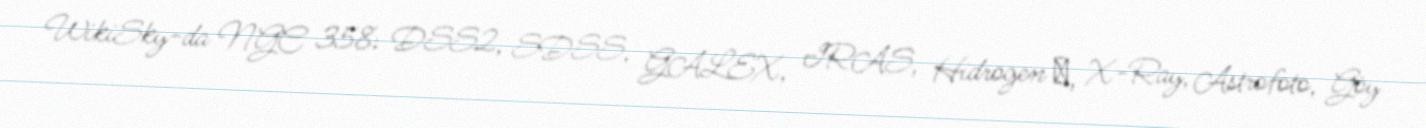
WikiSky-da NGC 358: DSS2, SDSS, GALEX, IRAS, Hidrogen α, X-Ray, Astrofoto, Göy